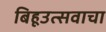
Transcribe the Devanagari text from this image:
बिहूउत्सवाचा